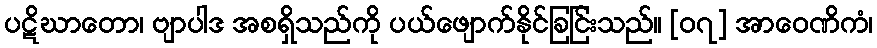
ပဋိဃာတော၊ ဗျာပါဒ အစရှိသည်ကို ပယ်ဖျောက်နိုင်ခြင်ြးသည်။ [၀၇] အာဝေဏိကံ၊